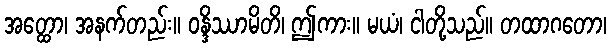
အတ္ထော၊ အနက်တည်း။ ဝန္ဒိဿာမိတိ၊ ဤကား။ မယံ၊ ငါတို့သည်။ တထာဂတော၊